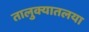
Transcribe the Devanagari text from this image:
तालुक्यातलया